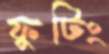
ফুটিং